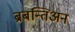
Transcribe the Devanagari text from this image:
ब्रबन्तिअन